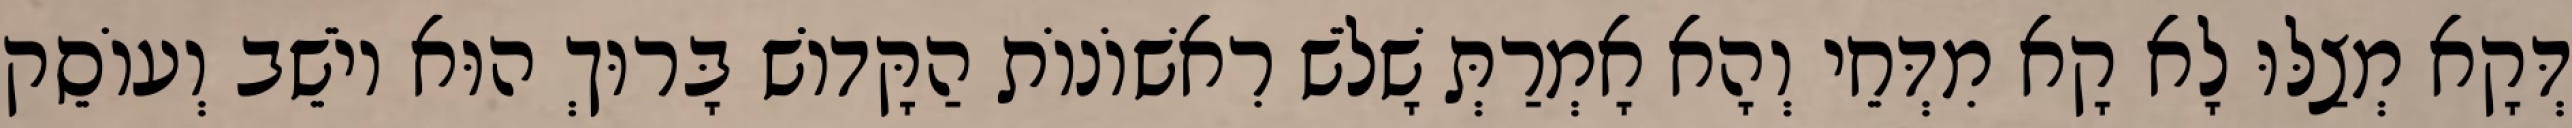
דְּקָא מְצַלּוּ לָא קָא מִדְּחֵי וְהָא אָמְרַתְּ שָׁלֹשׁ רִאשׁוֹנוֹת הַקָּדוֹשׁ בָּרוּךְ הוּא יוֹשֵׁב וְעוֹסֵק